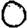
Digit: 0